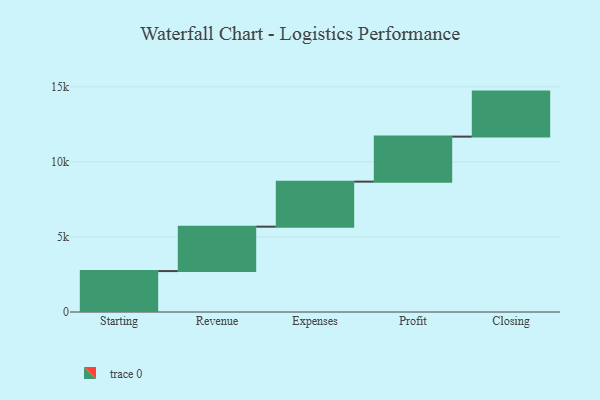
{"axis": {"x": "Step", "y": "Value"}, "legend": [""], "data": [{"x": "Starting", "y": 2726.0, "type": ""}, {"x": "Revenue", "y": 2960.0, "type": ""}, {"x": "Expenses", "y": 3000, "type": ""}, {"x": "Profit", "y": 3000, "type": ""}, {"x": "Closing", "y": 3000, "type": ""}]}